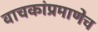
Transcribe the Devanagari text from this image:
वाचकांप्रमाणेच